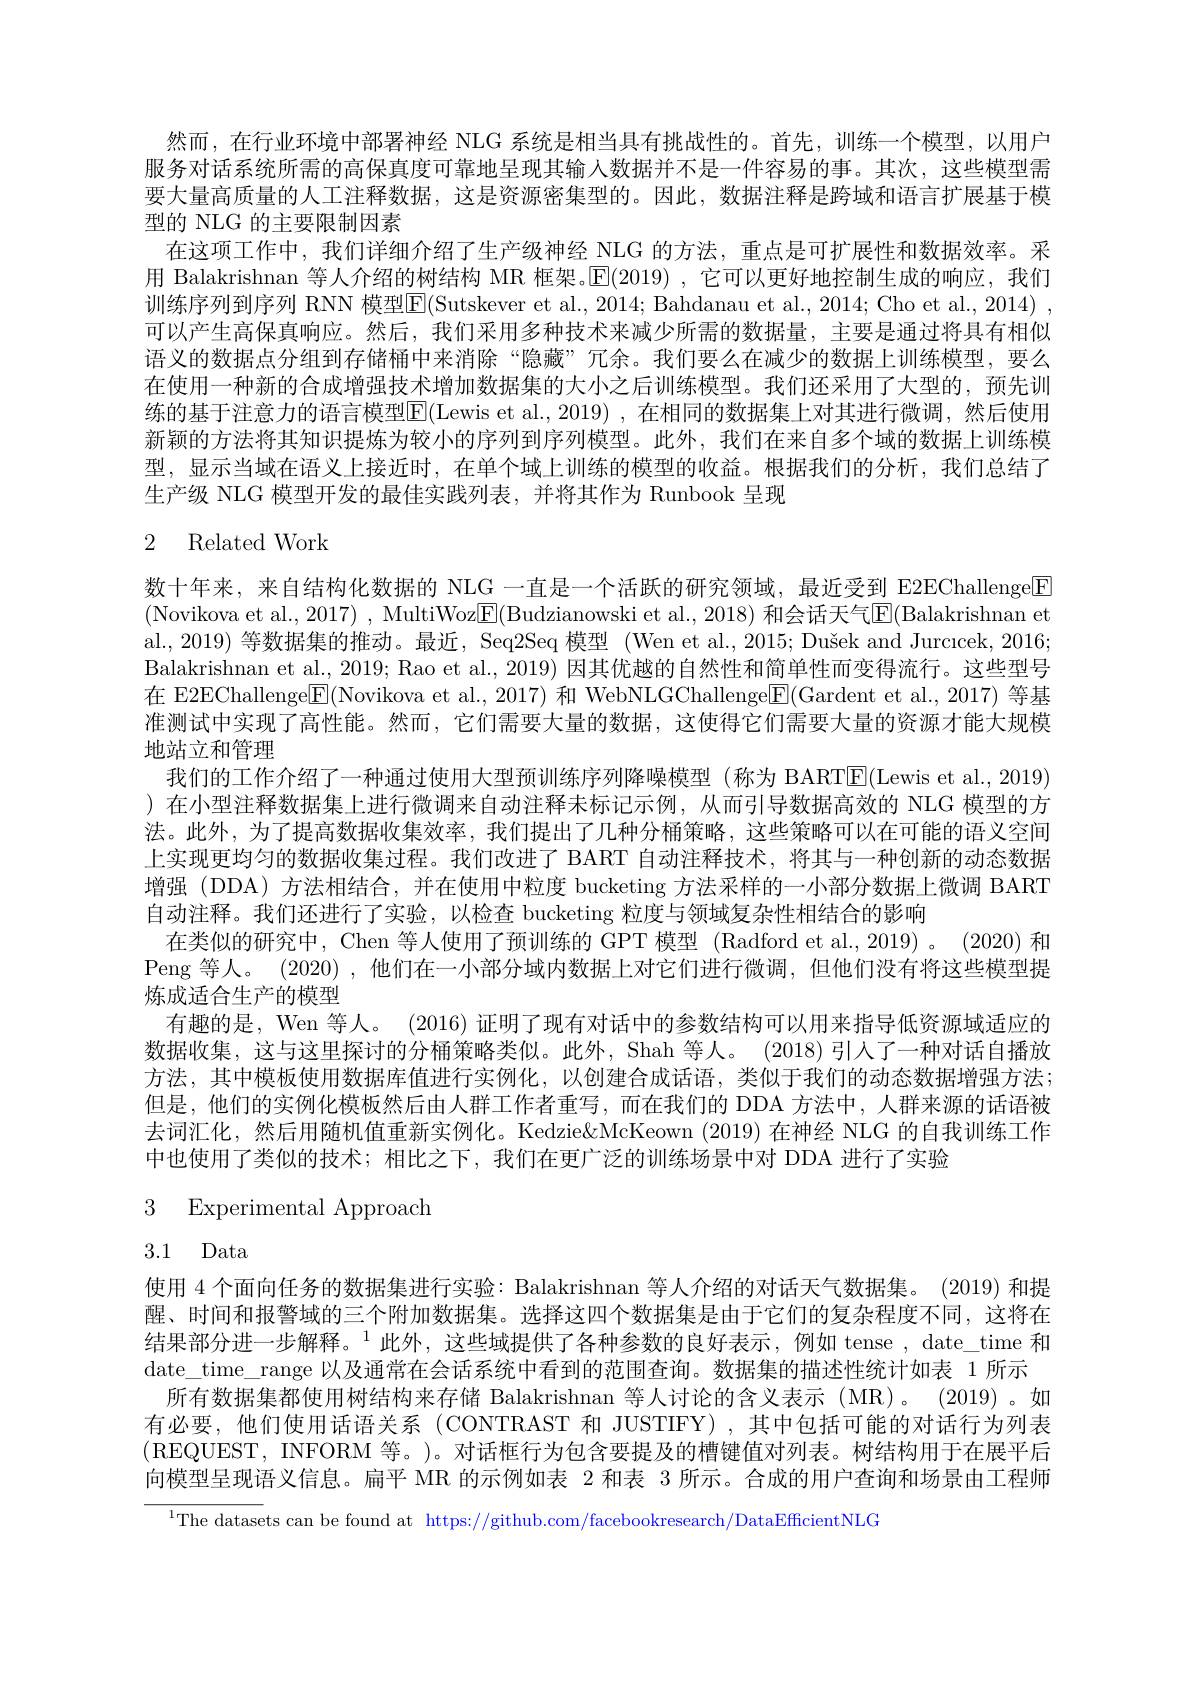
然而，在行业环境中部署神经 NLG 系统是相当具有挑战性的。首先，训练一个模型，以用户服务对话系统所需的高保真度可靠地呈现其输人数据并不是一件容易的事。其次，这些模型需要大量高质量的人工注释数据，这是资源密集型的。因此，数据注释是跨域和语言扩展基于模型的 NLG 的主要限制因素
在这项工作中，我们详细介绍了生产级神经 NLG 的方法，重点是可扩展性和数据效率。采用 Balakrishnan 等人介绍的树结构 MR 框架。$\overline{\mathrm{E}}(2019)$ ,它可以更好地控制生成的响应，我们训练序列到序列 RNN 模型$\boxed{\mathrm{F}}($Sutskever et al., 2014; Bahdanau et al., 2014; Cho et al., 2014) , 可以产生高保真响应。然后，我们采用多种技术来减少所需的数据量，主要是通过将具有相似语义的数据点分组到存储桶中来消除“隐藏”冗余。我们要么在减少的数据上训练模型，要么在使用一种新的合成增强技术增加数据集的大小之后训练模型。我们还采用了大型的，预先训练的基于注意力的语言模型E(Lewis et al., 2019) ,在相同的数据集上对其进行微调，然后使用新颖的方法将其知识提炼为较小的序列到序列模型。此外，我们在来自多个域的数据上训练模型，显示当域在语义上接近时，在单个域上训练的模型的收益。根据我们的分析，我们总结了生产级 NLG 模型开发的最佳实践列表，并将其作为 Runbook 呈现

# 2 Related Work

数十年来，来自结构化数据的 NLG 一直是一个活跃的研究领域，最近受到 E2EChallenge$\textcircled{\mathrm{F}}$ (Novikova et al., 2017) , MultiWoz$\underline{\mathrm{F}}($Budzianowski et al., 2018) 和会话天气$\underline{\mathrm{E}}($Balakrishnan et al., 2019) 等数据集的推动。最近，Seq2Seq 模型 (Wen et al., 2015; Dušek and Jurcıcek, 2016; Balakrishnan et al., 2019; Rao et al., 2019) 因其优越的自然性和简单性而变得流行。这些型号在 E2EChallenge$\overline{\mathrm{E}}($Novikova et al., 2017) 和 WebNLGChallenge$\overline\mathrm{E}($Gardent et al., 2017) 等基准测试中实现了高性能。然而，它们需要大量的数据，这使得它们需要大量的资源才能大规模地站立和管理
我们的工作介绍了一种通过使用大型预训练序列降噪模型(称为 BART$\mathbb{E}($Lewis et al.,2019) )在小型注释数据集上进行微调来自动注释未标记示例，从而引导数据高效的 NLG 模型的方法。此外，为了提高数据收集效率，我们提出了几种分桶策略，这些策略可以在可能的语义空间上实现更均匀的数据收集过程。我们改进了 BART 自动注释技术，将其与一种创新的动态数据增强(DDA)方法相结合，并在使用中粒度 bucketing 方法采样的一小部分数据上微调 BART 自动注释。我们还进行了实验，以检查 bucketing 粒度与领域复杂性相结合的影响
在类似的研究中，Chen 等人使用了预训练的 GPT 模型 (Radford et al.,2019) 。(2020) 和Peng 等人。(2020) ,他们在一小部分域内数据上对它们进行微调，但他们没有将这些模型提炼成适合生产的模型
有趣的是，Wen 等人。(2016) 证明了现有对话中的参数结构可以用来指导低资源域适应的数据收集，这与这里探讨的分桶策略类似。此外，Shah 等人。(2018) 引人了一种对话自播放方法，其中模板使用数据库值进行实例化，以创建合成话语，类似于我们的动态数据增强方法； 但是，他们的实例化模板然后由人群工作者重写，而在我们的 DDA 方法中，人群来源的话语被去词汇化，然后用随机值重新实例化。Kedzie&McKeown (2019) 在神经 NLG 的自我训练工作中也使用了类似的技术；相比之下，我们在更广泛的训练场景中对 DDA 进行了实验

3 Experimental Approach

3.1 Data

使用 4 个面向任务的数据集进行实验：Balakrishnan 等人介绍的对话天气数据集。(2019) 和提醒、时间和报警域的三个附加数据集。选择这四个数据集是由于它们的复杂程度不同，这将在结果部分进一步解释。$^1$此外，这些域提供了各种参数的良好表示，例如 tense , date\_time 和date\_time\_range 以及通常在会话系统中看到的范围查询。数据集的描述性统计如表 1 所示
所有数据集都使用树结构来存储 Balakrishnan 等人讨论的含义表示(MR)。(2019)。如有必要，他们使用话语关系(CONTRAST 和 JUSTIFY),其中包括可能的对话行为列表(REQUEST, INFORM 等。)。对话框行为包含要提及的槽键值对列表。树结构用于在展平后向模型呈现语义信息。扁平 MR 的示例如表 2 和表 3 所示。合成的用户查询和场景由工程师

$^{1}$The datasets can be found at https://github.com/facebookresearch/DataEfficientNLO